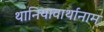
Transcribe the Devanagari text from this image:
थानियावार्थानाम